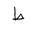
Letter: _da